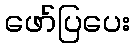
ဖော်ပြပေး